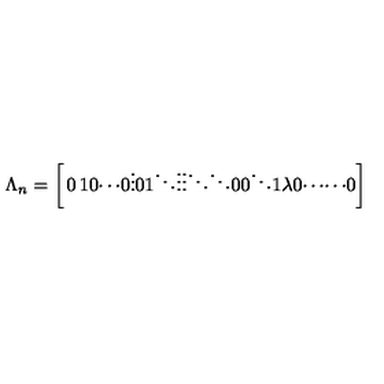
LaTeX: \Lambda _ { n } = \left[ \begin{matrix} { 0 } & { 1 } & { 0 } & { \cdots } & { 0 } \\ { \vdots } & { 0 } & { 1 } & { \ddots } & { \vdots } \\ { \vdots } & { { } } & { \ddots } & { \ddots } & { 0 } \\ { 0 } & { { } } & { { } } & { \ddots } & { 1 } \\ { \lambda } & { 0 } & { \cdots } & { \cdots } & { 0 } \\ \end{matrix} \right]